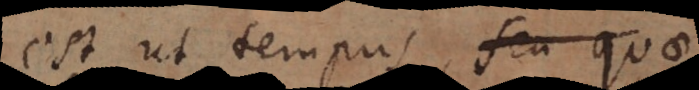
est ut tempus, seu quae